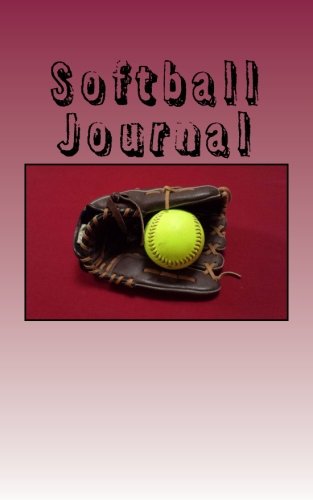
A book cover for Softball Journal; James Runyan; Sports & Outdoors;